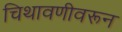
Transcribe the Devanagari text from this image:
चिथावणीवरून